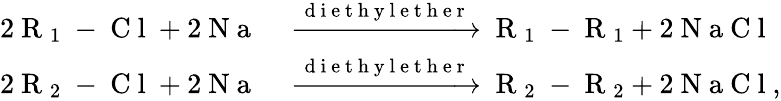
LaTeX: \begin{array}{rl}{2\mathrm{~R~}_{1}\mathrm{~-~C~l~}+2\mathrm{~N~a~}}&{{}\xrightarrow[]{\mathrm{~d~i~e~t~h~y~l~e~t~h~e~r~}}\mathrm{~R~}_{1}\mathrm{~-~R~}_{1}+2\mathrm{~N~a~C~l~}}\\ {2\mathrm{~R~}_{2}\mathrm{~-~C~l~}+2\mathrm{~N~a~}}&{{}\xrightarrow[]{\mathrm{~d~i~e~t~h~y~l~e~t~h~e~r~}}\mathrm{~R~}_{2}\mathrm{~-~R~}_{2}+2\mathrm{~N~a~C~l~},}\end{array}